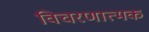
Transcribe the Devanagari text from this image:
विचरणात्मक